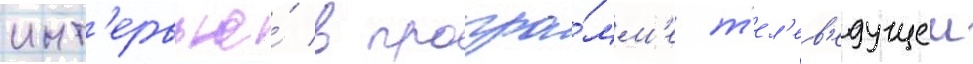
инт'ервью́ в програ́мм'е т'ел'ев'едущеи